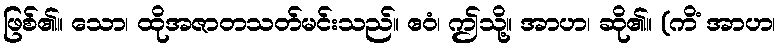
ဖြစ်၏။ သော၊ ထိုအဇာတသတ်မင်းသည်။ ဧဝံ၊ ဤသို့။ အာဟ၊ ဆို၏။ (ကိံ အာဟ၊